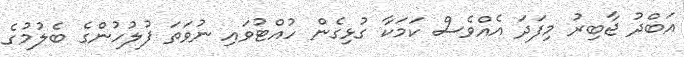
އަބްދު ޖާބިރު މިފަދަ އެއްވެސް ކަމަކާ ގުޅިގެން ހުއްޓުވައި ނުވަތަ ފުލުހުންގެ ބެލުމުގެ